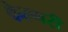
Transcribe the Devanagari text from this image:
केल्गरी